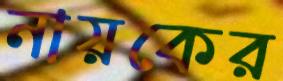
নায়কের